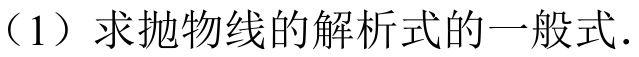
（1）求抛物线的解析式的一般式.